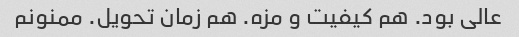
عالی بود. هم کیفیت و مزه. هم زمان تحویل. ممنونم